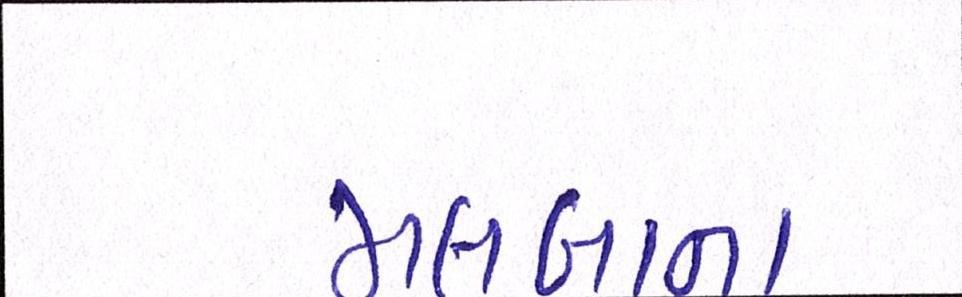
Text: મલબાના